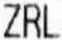
ZRL